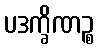
ပဒက္ခိဏဉ္စ